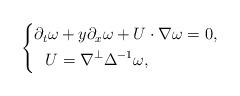
LaTeX: \begin{align*}\left\{\begin{aligned}\partial_t\omega&+y\partial_x\omega+U\cdot\nabla\omega=0,\\U&=\nabla^{\perp}\Delta^{-1}\omega,\end{aligned}\right.\end{align*}